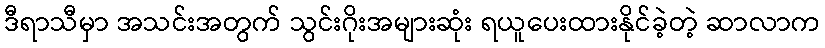
ဒီရာသီမှာ အသင်းအတွက် သွင်းဂိုးအများဆုံး ရယူပေးထားနိုင်ခဲ့တဲ့ ဆာလာက